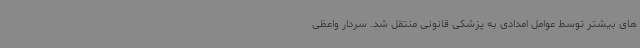
های بیشتر توسط عوامل امدادی به پزشکی قانونی منتقل شد. سردار واعظی